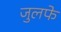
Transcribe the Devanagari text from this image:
जुलफे